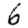
Digit: 6